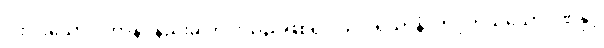
ငါးပါးသော ပဟာနဝိနည်းမှ ကင်းသည်ဖြစ်၍။ သပ္ပုရိယာနံ၊ တင့်တယ်သောဂုဏ်နှင့်